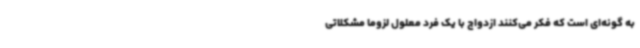
به گونه‌ای است که فکر می‌کنند ازدواج با یک فرد معلول لزوما مشکلاتی